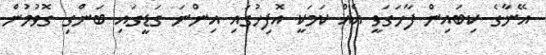
އޭނާގެ ކިބައިން ފާހަގަވީ އެއް ކަމަކީ އޮފިހުގައި އިންނަ ގަޑީގައި ބަންގި ގޮވުމުން